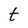
Character: t